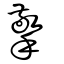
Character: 擎